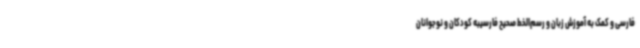
فارسی و کمک به آموزش زبان و رسم‌الخط صحیح فارسیبه کودکان و نوجوانان